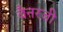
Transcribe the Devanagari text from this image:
बैनरजी